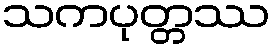
သကပုတ္တဿ